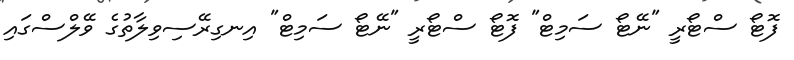
ފޮޓޯ ސްޓޯރީ "ނޭޓޯ ސަމިޓް" ފޮޓޯ ސްޓޯރީ "ނޭޓޯ ސަމިޓް" އިނގިރޭސިވިލާތުގެ ވޭލްސްގައި